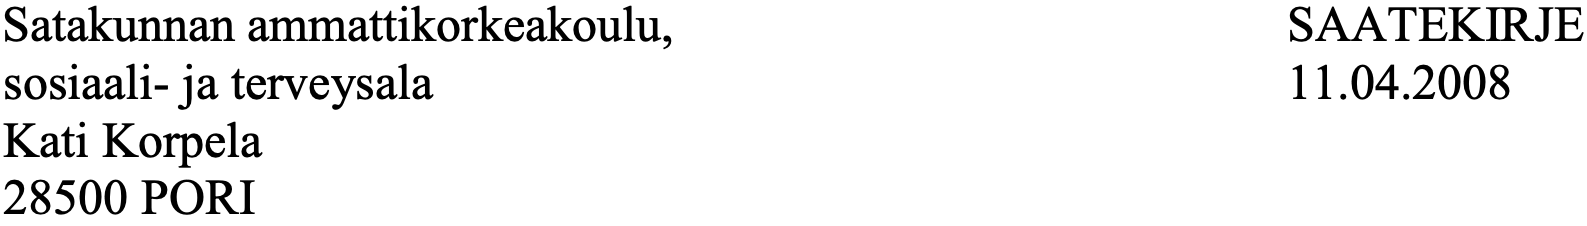
Satakunnan ammattikorkeakoulu,            SAATEKIRJE sosiaali- ja terveysala                   11.04.2008 Kati Korpela 28500 PORI